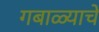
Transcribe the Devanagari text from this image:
गबाळ्याचे